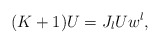
\begin{align*}(K+1)U=J_{l}Uw^{l},\end{align*}